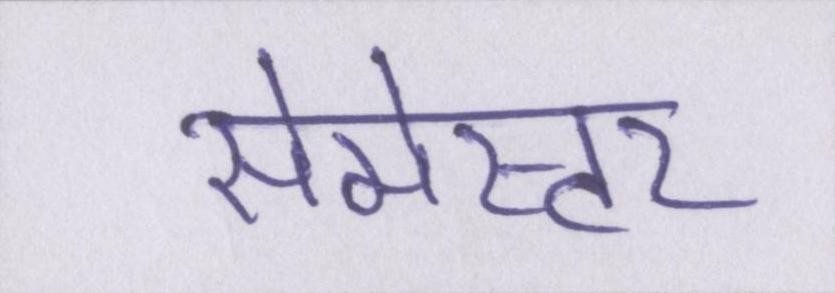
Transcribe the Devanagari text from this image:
सेमेस्टर